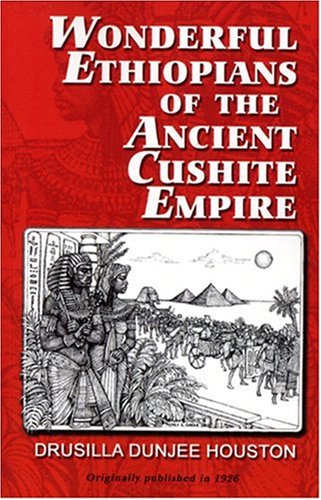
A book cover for Wonderful Ethiopians of the Ancient Cushite Empire, Book 1; Drusilla D. Houston; History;